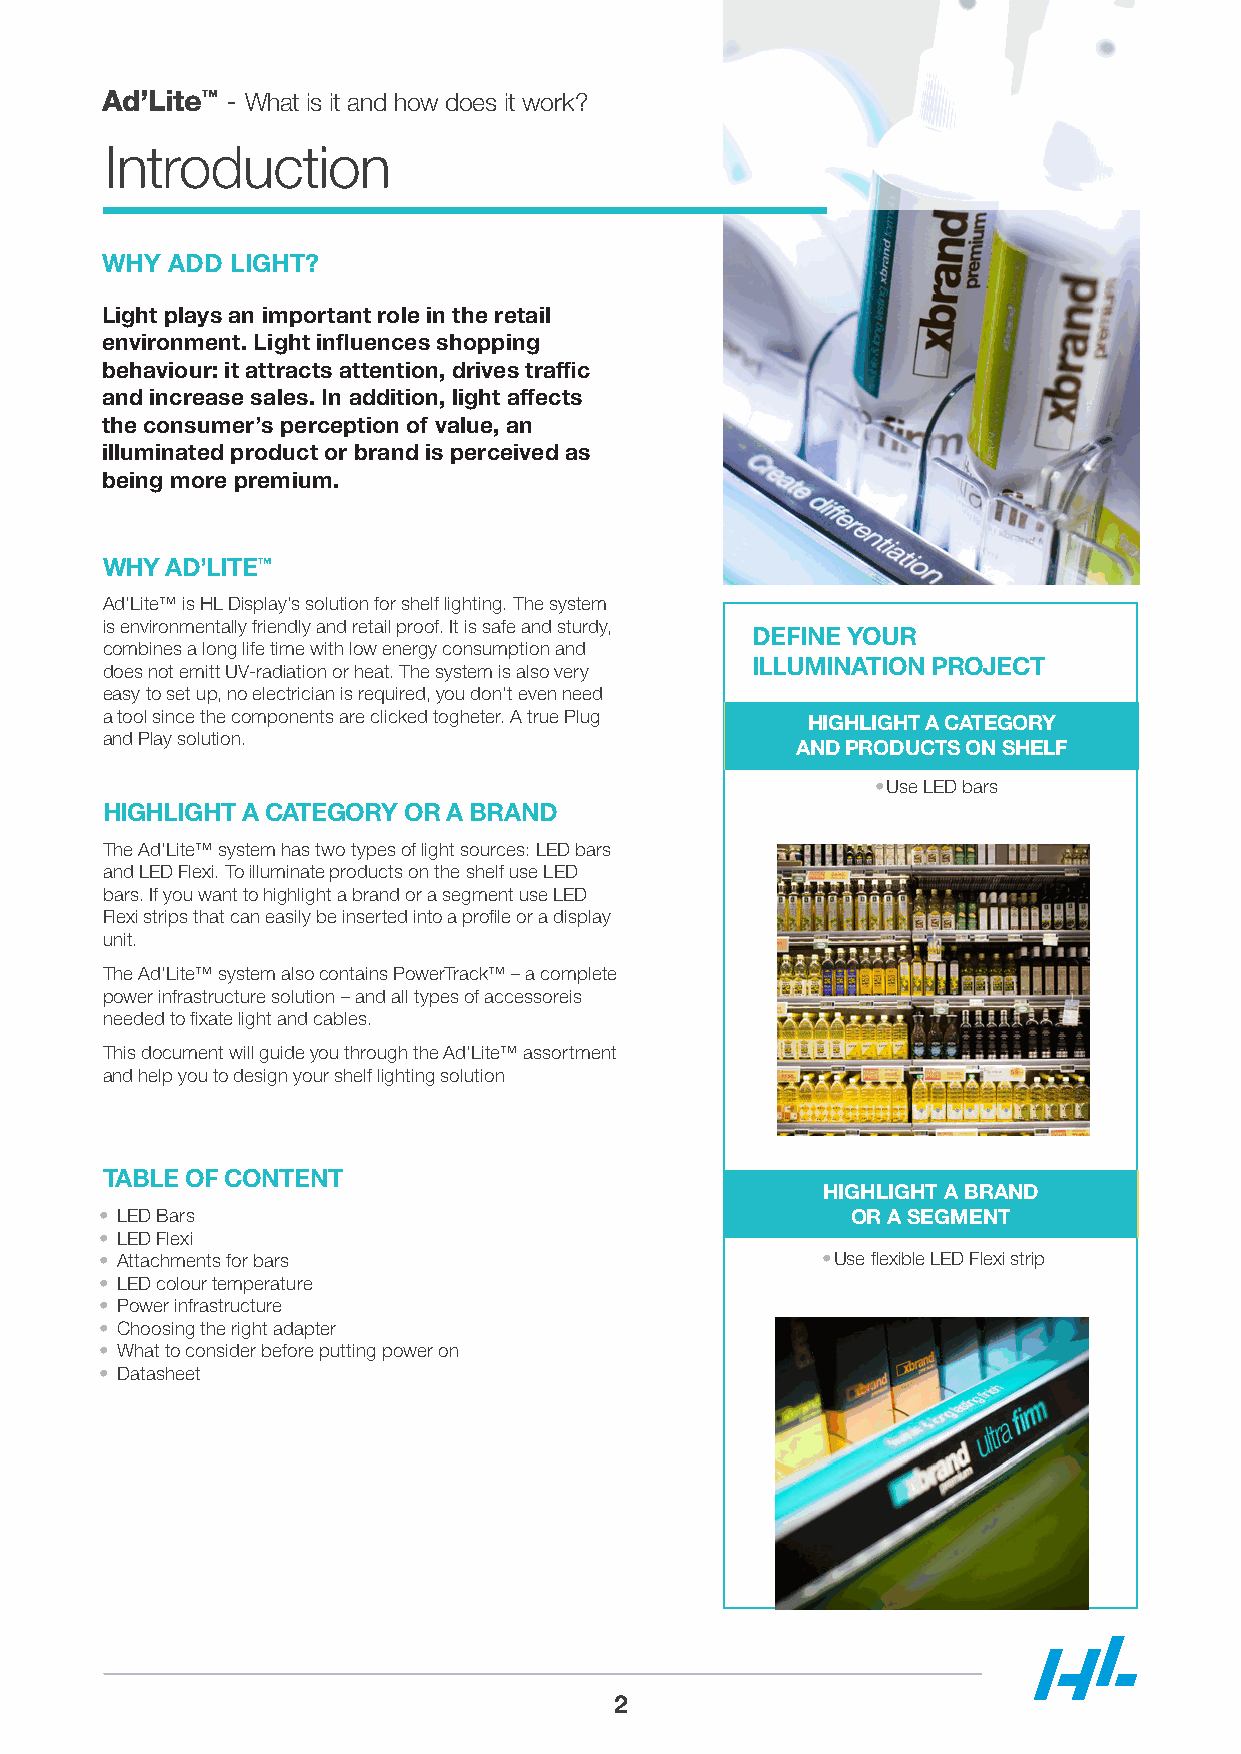
Ad’Lite™ - What is it and how does it work?
 Introduction
 WHY ADD LIGHT?
 Light plays an important role in the retail
 environment. Light influences shopping
 behaviour: it attracts attention, drives traffic
 and increase sales. In addition, light affects
 the consumer’s perception of value, an
 illuminated product or brand is perceived as
 being more premium.
 WHY AD’LITE™
 Ad’Lite™ is HL Display’s solution for shelf lighting. The system
 is environmentally friendly and retail proof. It is safe and sturdy,
 DEFINE YOUR
 combines a long life time with low energy consumption and
 ILLUMINATION PROJECT
 does not emitt UV-radiation or heat. The system is also very
 easy to set up, no electrician is required, you don’t even need
 a tool since the components are clicked togheter. A true Plug HIGHLIGHT A CATEGORY
 and Play solution.
 AND PRODUCTS ON SHELF
 • Use LED bars
 HIGHLIGHT A CATEGORY OR A BRAND
 The Ad’Lite™ system has two types of light sources: LED bars
 and LED Flexi. To illuminate products on the shelf use LED
 bars. If you want to highlight a brand or a segment use LED
 Flexi strips that can easily be inserted into a profile or a display
 unit.
 The Ad’Lite™ system also contains PowerTrack™ – a complete
 power infrastructure solution – and all types of accessoreis
 needed to fixate light and cables.
 This document will guide you through the Ad’Lite™ assortment
 and help you to design your shelf lighting solution
 TABLE OF CONTENT
 HIGHLIGHT A BRAND
 • LED Bars                                       OR A SEGMENT
 • LED Flexi
 • Attachments for bars                         • Use flexible LED Flexi strip
 • LED colour temperature
 • Power infrastructure
 • Choosing the right adapter
 • What to consider before putting power on
 • Datasheet
 2